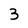
Character: 3